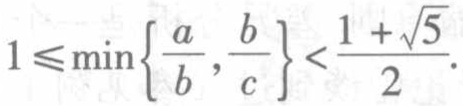
$1\leqslant\min\left\{\frac{a}{b},\frac{b}{c}\right\}<\frac{1 + \sqrt{5}}{2}.$